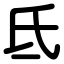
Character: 氐